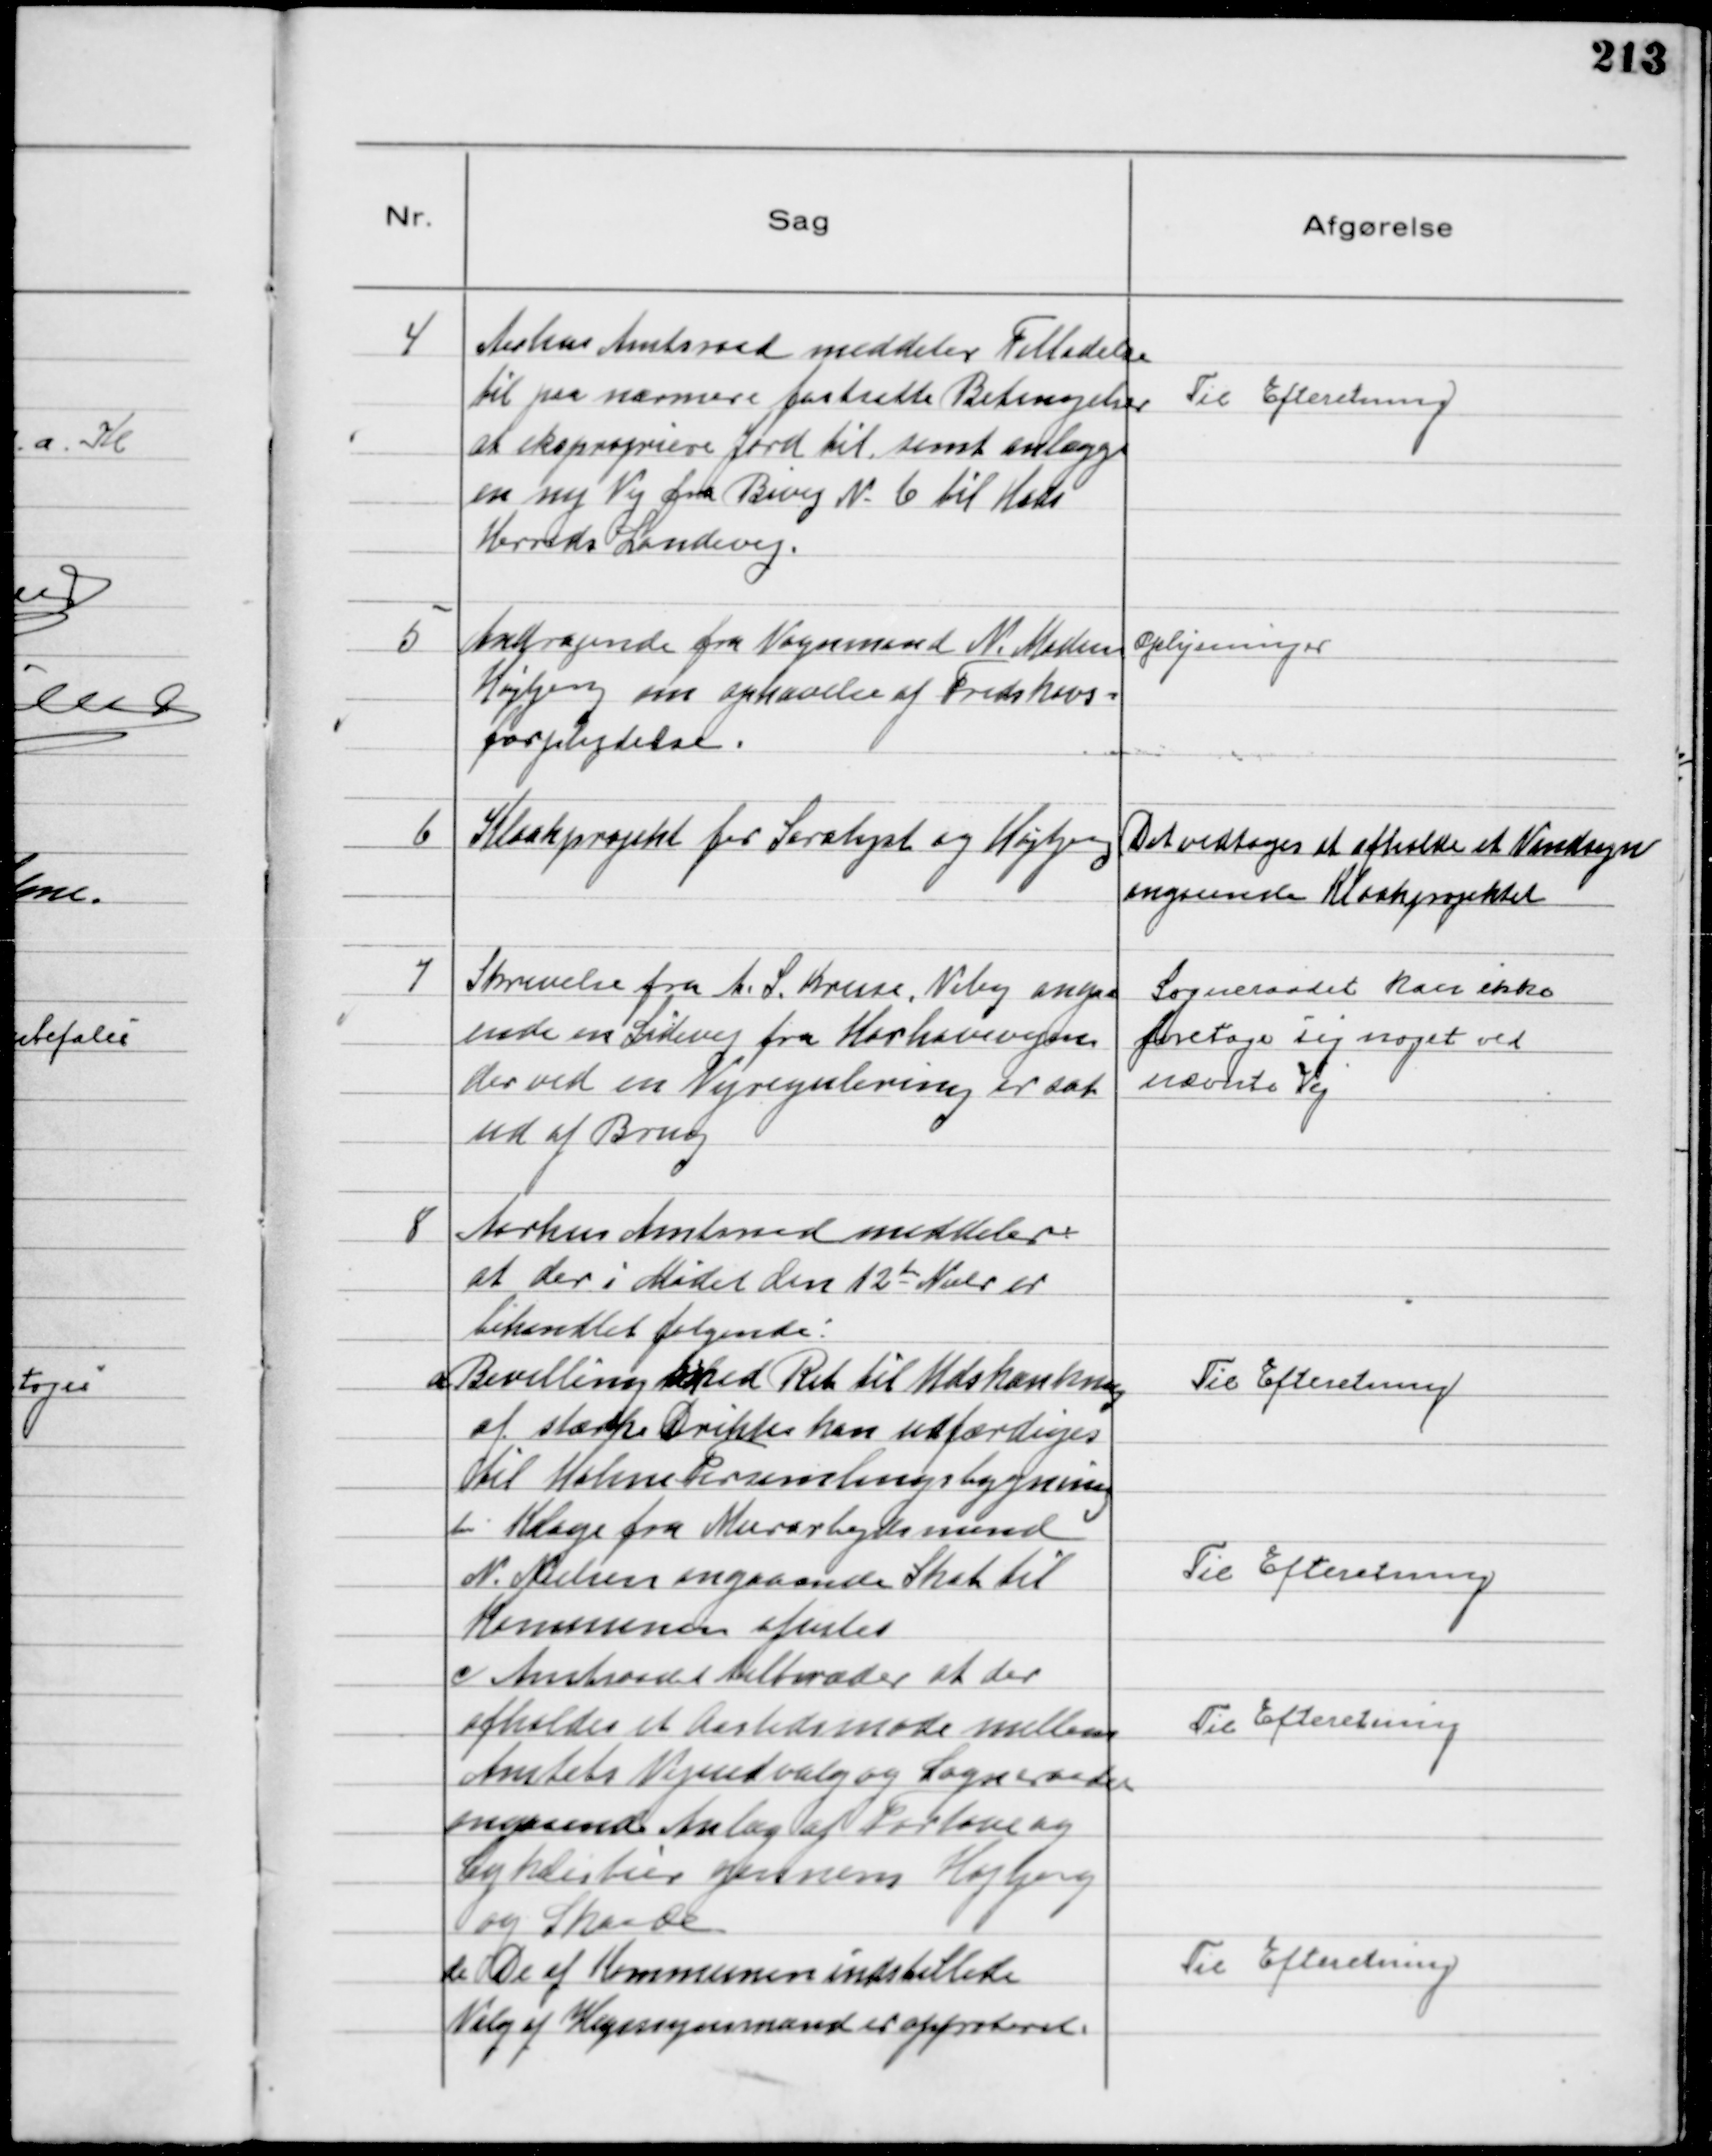
Transskription:
4
Aarhus Amtsraad meddeler Tilladelse
til paa nærmere fastsatte Betingelser
at ekspropriere Jord til samt anlægge
en ny Vej fra Bivej N 6 til Hads
Herreds Landevej.

Til Efteretning

5
Andragende fra Vognmand N. Madsen
Højbjerg om ophævelse af Fredskovs-
forpligtelse.

Oplysninger

6
Kloakprojekt for Saralyst og Højbjerg

Det vedtoges at afholde et Vandsyn
angaaende Kloakprojektet

7
Skrivelse fra A. S. Kruse, Viby angaa
ende en Sidevej fra Hørhavevejen
der ved en Vejregulering er sat
ud af Brug

Sogneraadet kan ikke
foretage sig noget ved
nævnte Vej

8
Aarhus Amtsraad meddeler
at der i Mødet den 12te Nobr er
behandlet følgende
a Bevilling med Ret til Udskænkning
af stærke Drikke kan udfærdiges
til Holme Forsamlingsbygning

Til Efteretning

b Klage fra Murarbejdsmand
N. Nielsen angaaende Skat til
Kommunen afvistes

Til Efteretning

c Amtsraadet tiltræder at der
afholdes et Aastedsmøde mellem
Amtets Vejudvalg og Sogneraadet
angaaende Anlæg af Fortove og
Cykelstier gennem Højbjerg
og Skaade

Til Efterretning

d De af Kommmunen indstillede
Valg af Hegnsynsmænd er approberet

Til Efterretning